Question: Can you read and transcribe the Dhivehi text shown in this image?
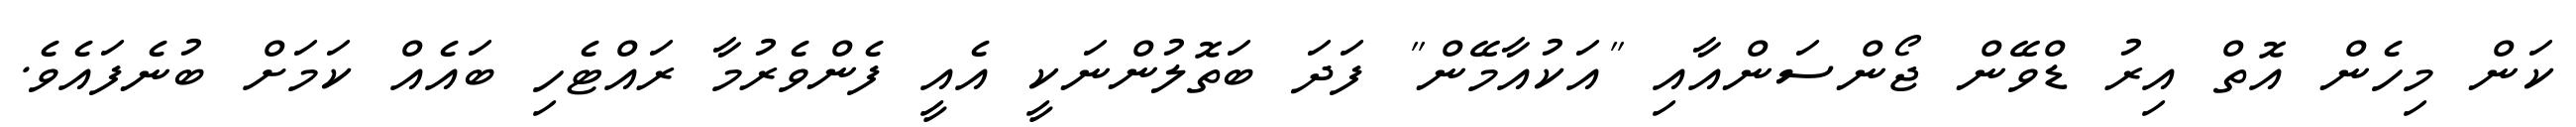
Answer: ކަން މިހެން އޮތް އިރު ޑްވޭން ޖޯންސަންއާއި "އަކުއާމޭން" ފަދަ ބަތޮލުންނަކީ އެއީ ފެންވެރުމާ ރައްޓެހި ބައެއް ކަމަށް ބުނެފައެވެ.